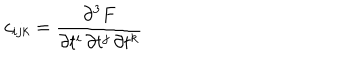
c _ { i j k } = \frac { \partial ^ { 3 } F } { \partial t ^ { i } \, \partial t ^ { j } \, \partial t ^ { k } }